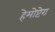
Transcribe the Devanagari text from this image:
हेमोप्टेरा